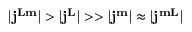
| \mathbf { j } ^ { \mathbf { L m } } | > | \mathbf { j } ^ { \mathbf { L } } | > > | \mathbf { j } ^ { \mathbf { m } } | \approx | \mathbf { j } ^ { \mathbf { m L } } |